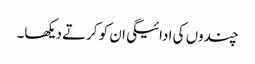
چندوں کی ادائیگی ان کو کرتے دیکھا۔